Juri_Uluots, lk 8
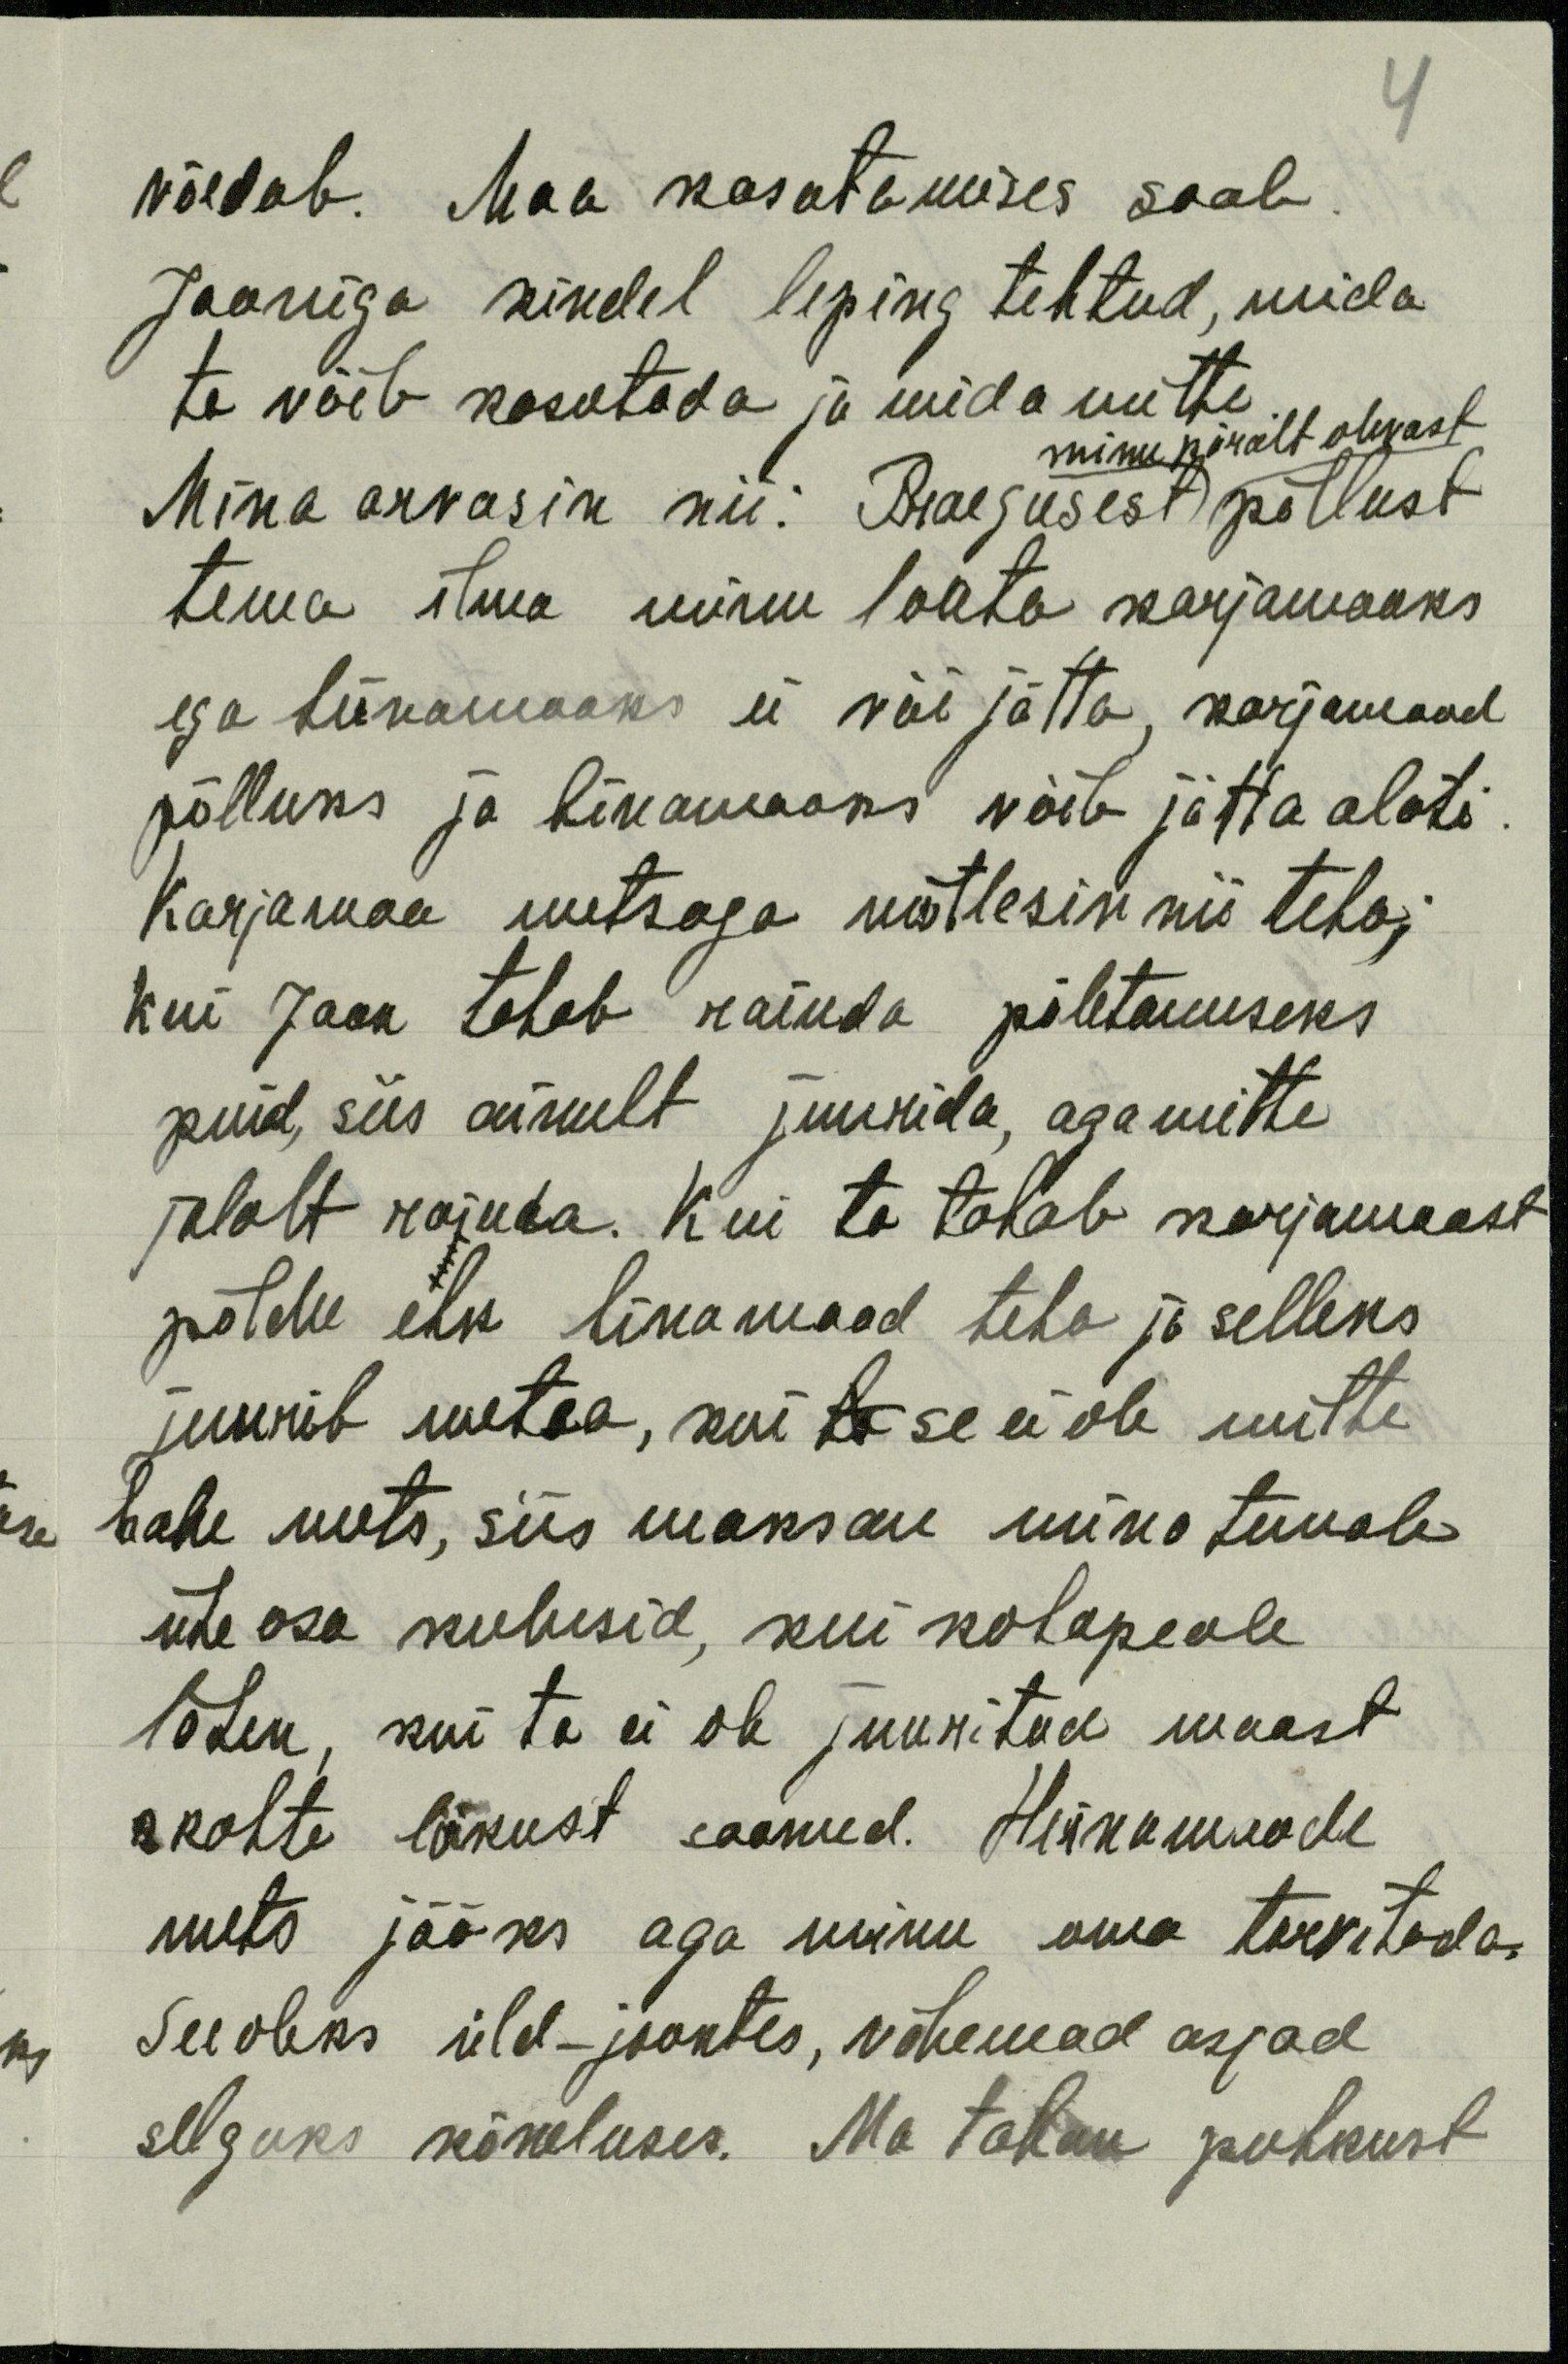
võidab. Maa kasutamises saab
Jaaniga kindel leping tehtud, mida
ta võib kasutada ja mida mitte
minu päralt olevast
Mina arvasin nii: Praegusest põllust
tema ilma minu loata karjamaaks
ega liinamaaks ei või jätta, karjamaad
põlluks ja linamaaks võib jätta alati.
Karjamaa metsaga mõtlesin nii teha;
kui Jaan tahab raiuda põletamiseks
puid, siis ainult juurida, aga mitte
jalalt raiuda. Kui ta tahab karjamaast
põldu ehk linamaad teha ja selleks
juurib metsa, kui ta se ei ole mitte
hake mets, siis maksan mina temale
ühe osa kulusid, kui kohapeale
lähen, kui ta ei ole juuritud maast
kohte lõikust saanud. Heinamaade
mets jääks aga minu oma tarvitada.
See oleks üld-joontes, vähemad asjad
selguks kõneluses. Ma tahan puhkust